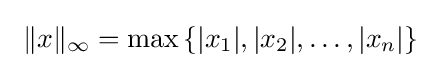
\ \|x\|_{\infty }=\max \left\{|x_{1}|,|x_{2}|,\ldots ,|x_{n}|\right\}